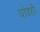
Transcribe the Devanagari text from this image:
घोडेही